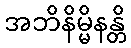
အဘိနိမ္မိနန္တိ